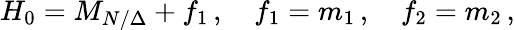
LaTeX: H_{0}=M_{N/\Delta}+f_{1}\, ,\quad f_{1}=m_{1}\, ,\quad f_{2}=m_{2}\, ,